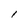
Character: 1